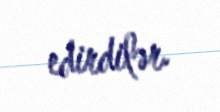
edirdilər.